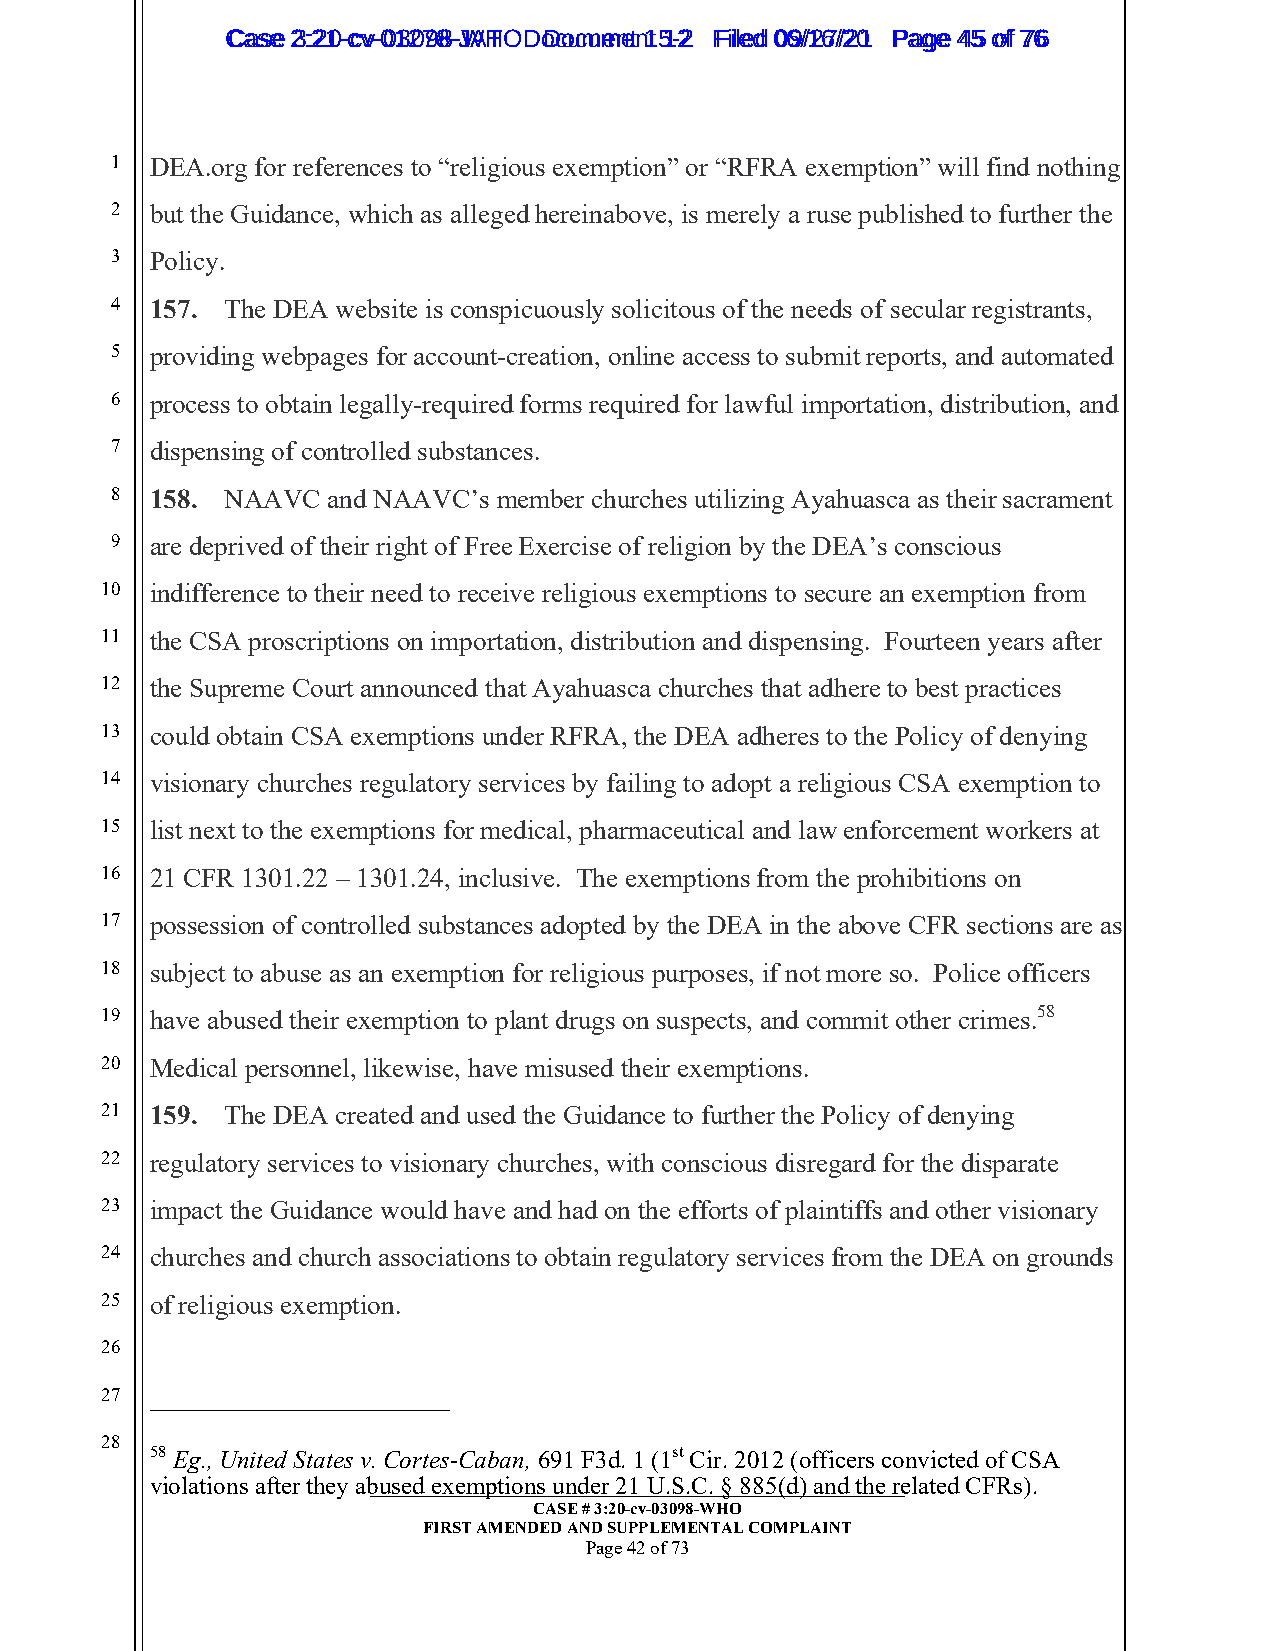
CCaassee 23::2210--ccvv--0013207988--JWAHT O D oDcoucmumenetn 1t 51-22 FFiilleedd 0069//1267//2201 PPaaggee 4455 ooff 7766
 1  DEA.org for references to “religious exemption” or “RFRA exemption” will find nothing
 2  but the Guidance, which as alleged hereinabove, is merely a ruse published to further the
 3  Policy.
 4  157. The DEA website is conspicuously solicitous of the needs of secular registrants,
 5  providing webpages for account-creation, online access to submit reports, and automated
 6  process to obtain legally-required forms required for lawful importation, distribution, and
 7  dispensing of controlled substances.
 8  158. NAAVC  and NAAVC’s member churches utilizing Ayahuasca as their sacrament
 9  are deprived of their right of Free Exercise of religion by the DEA’s conscious
 10 indifference to their need to receive religious exemptions to secure an exemption from
 11 the CSA proscriptions on importation, distribution and dispensing. Fourteen years after
 12 the Supreme Court announced that Ayahuasca churches that adhere to best practices
 13 could obtain CSA exemptions under RFRA, the DEA adheres to the Policy of denying
 14 visionary churches regulatory services by failing to adopt a religious CSA exemption to
 15 list next to the exemptions for medical, pharmaceutical and law enforcement workers at
 16 21 CFR 1301.22 – 1301.24, inclusive. The exemptions from the prohibitions on
 17 possession of controlled substances adopted by the DEA in the above CFR sections are as
 18 subject to abuse as an exemption for religious purposes, if not more so. Police officers
 19 have abused their exemption to plant drugs on suspects, and commit other crimes.58
 20 Medical personnel, likewise, have misused their exemptions.
 21 159. The DEA created and used the Guidance to further the Policy of denying
 22 regulatory services to visionary churches, with conscious disregard for the disparate
 23 impact the Guidance would have and had on the efforts of plaintiffs and other visionary
 24 churches and church associations to obtain regulatory services from the DEA on grounds
 25 of religious exemption.
 26
 27
 28
 58 Eg., United States v. Cortes-Caban, 691 F3d. 1 (1st Cir. 2012 (officers convicted of CSA
 violations after they ab__u_s_e_d_ _e_x__e_m__p_t_i_o_n_s_ _u_n__d_e_r_ _2_1_ _U__._S_._C__. _§_ _8_8__5_(_d_)_ _a_n_d__ t_h_e__ r_e lated CFRs).
 CASE # 3:20-cv-03098-WHO
 FIRST AMENDED AND SUPPLEMENTAL COMPLAINT
 Page 42 of 73